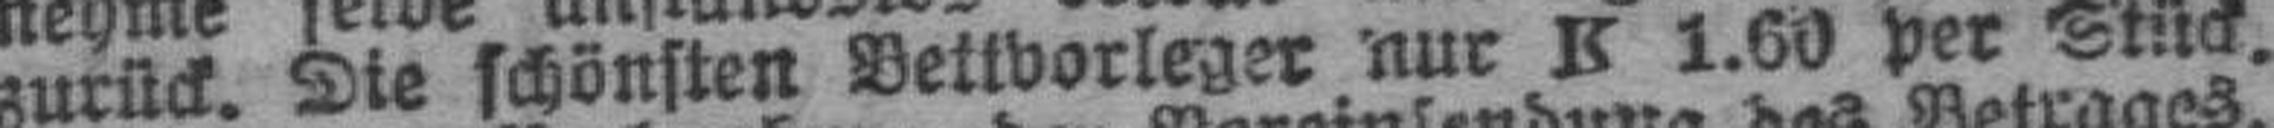
zurück. Die schönsten Bettvorleger nur K 1.60 per Stück.